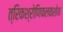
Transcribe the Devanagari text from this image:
त्रिकश्रोणिफलकशोथ